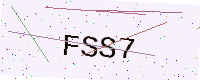
Text: FSS7